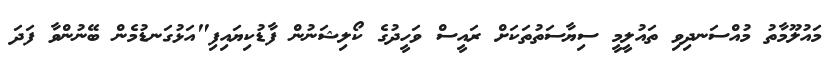
މައުލޫމާތު މުއްސަނދިވި ތައުލީމީ ސިޔާސަތުތަކަށް ރައީސް ވަހީދުގެ ކޯލިޝަނުން ފާޑުކިޔައިފި"އަޅުގަނޑުމެން ބޭނުންވާ ފަދަ